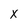
Character: x